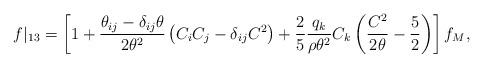
LaTeX: \begin{align*} f|_{13} = \left[ 1 + \frac{\theta_{ij} - \delta_{ij} \theta}{2\theta^2} \left( C_i C_j - \delta_{ij} C^2 \right) + \frac{2}{5} \frac{q_k}{\rho \theta^2} C_k \left( \frac{C^2}{2 \theta} - \frac{5}{2} \right)\right] f_M,\end{align*}